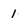
Character: 1